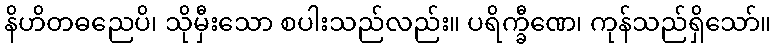
နိဟိတဓညေပိ၊ သိုမှီးသော စပါးသည်လည်း။ ပရိက္ခီဏေ၊ ကုန်သည်ရှိသော်။